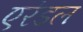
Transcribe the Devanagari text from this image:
एरंडल